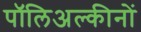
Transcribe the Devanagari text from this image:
पॉलिअल्कीनों